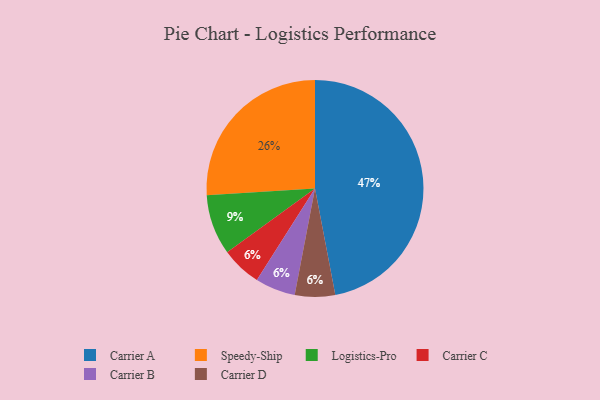
{"axis": {"x": "Category", "y": "Percentage"}, "legend": ["Carrier A", "Carrier B", "Carrier C", "Carrier D", "Logistics-Pro", "Speedy-Ship"], "data": [{"x": "Speedy-Ship", "y": 26, "type": "Speedy-Ship"}, {"x": "Carrier A", "y": 47, "type": "Carrier A"}, {"x": "Carrier C", "y": 6, "type": "Carrier C"}, {"x": "Carrier B", "y": 6, "type": "Carrier B"}, {"x": "Carrier D", "y": 6, "type": "Carrier D"}, {"x": "Logistics-Pro", "y": 9, "type": "Logistics-Pro"}]}